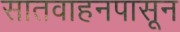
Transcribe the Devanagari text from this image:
सातवाहनपासून